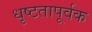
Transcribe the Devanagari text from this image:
धृष्टतापूर्वक